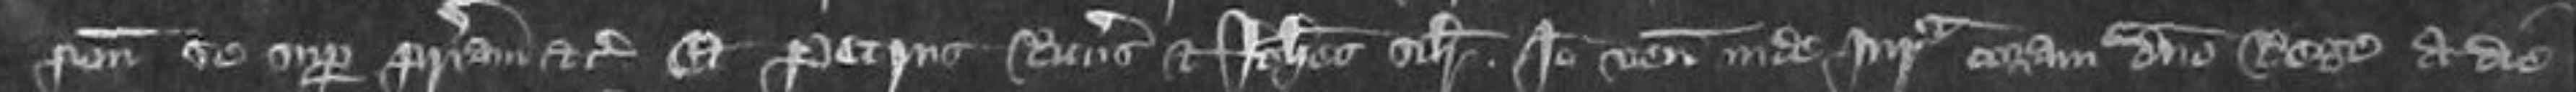
ponit se super patriam etc Et Petrus Ricardus et Johannes similiter Ideo veniant inde jurata coram domino Rege a die